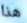
هذا